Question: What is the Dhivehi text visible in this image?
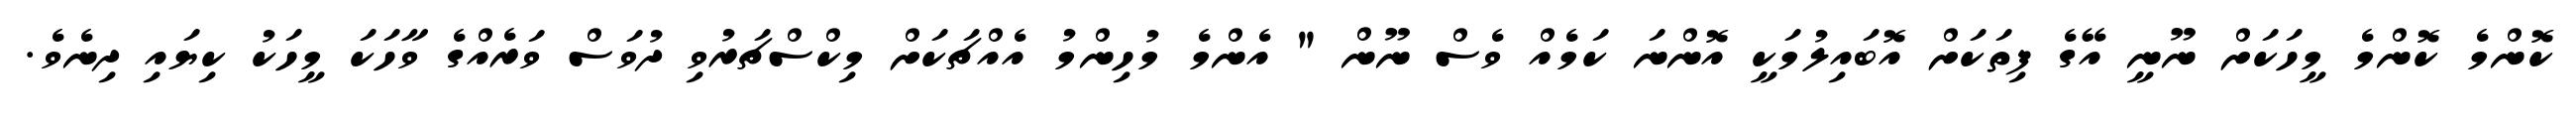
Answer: ކޮންމެ ކޮންމެ މީހަކަށް ނޫނީ އޭގެ ފިތަކަށް އޮބައިލުމަކީ އޮންނަ ކަމެއް ވެސް ނޫން " އެންމެ މުހިންމު އެއްޗަކަށް މިކްސްޗަރުވި ދުވަސް ވަރެއްގެ ވާހަކަ މީހަކު ކިޔައި ދިނެވެ.